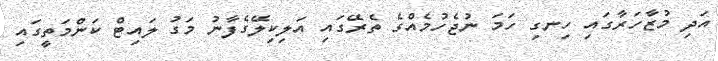
އަދި މުޒާހަރާގައި ހިނގި ހަމަ ނުޖެހުމެއްގެ ތެރޭގައި އަލިކިލޭގެފާނު މަގު ލައިޓް ކަންމަތީގަައި